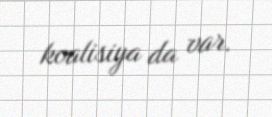
koalisiya da var.